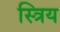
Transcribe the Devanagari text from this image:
स्त्रिय